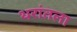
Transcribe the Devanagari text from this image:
थरांतला